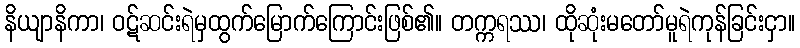
နိယျာနိကာ၊ ဝဋ်ဆင်းရဲမှထွက်မြောက်ကြောင်းဖြစ်၏။ တက္ကရဿ၊ ထိုဆုံးမတော်မူရဲကုန်ခြင်းငှာ။